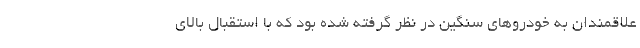
علاقمندان به خودروهای سنگین در نظر گرفته شده بود که با استقبال بالای